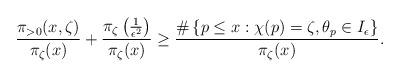
LaTeX: \begin{align*}\dfrac{\pi_{>0}(x,\zeta)}{\pi_\zeta(x)}+\dfrac{\pi_\zeta\left(\frac{1}{\epsilon^2}\right)}{\pi_\zeta(x)} \ge \dfrac{\#\left\{p\leq x : \chi(p)=\zeta, \theta_p\in I_\epsilon\right\}}{\pi_\zeta(x)}.\end{align*}